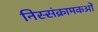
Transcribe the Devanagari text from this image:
निस्संक्रामकओं